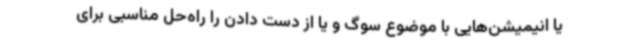
یا انیمیشن‌هایی با موضوع سوگ و یا از دست دادن را راه‌حل مناسبی برای